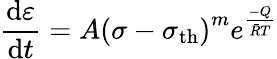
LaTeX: {\frac{\mathrm{d}\varepsilon}{\mathrm{d}t}}=A\left(\sigma-\sigma_{\mathrm{{th}}}\right)^{m}e^{\frac{-Q}{{\bar{R}}T}}